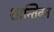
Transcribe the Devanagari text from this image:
शान्तिवन